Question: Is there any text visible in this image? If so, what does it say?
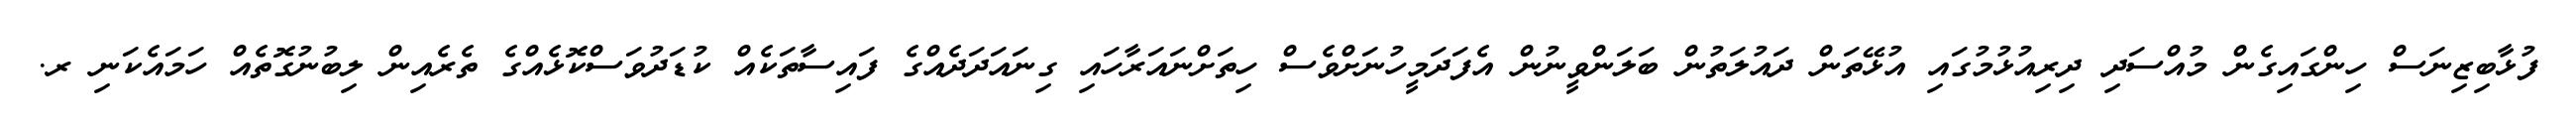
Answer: ފުޅާބިޒިނަސް ހިންގައިގެން މުއްސަދި ދިރިއުޅުމުގައި އުޅޭތަން ދައުލަތުން ބަލަންވީނުން އެފަދަމީހުނަށްވެސް ހިތަށްނައަރާހައި ގިނައަދަދެއްގެ ފައިސާތަކެއް ކުޑަދުވަސްކޮޅެއްގެ ތެރެއިން ލިބުނުގޮތެއް ހަމައެކަނި ރ.